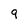
Character: 9